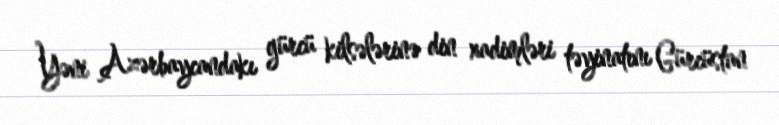
Yəni Azərbaycandakı gürcü kilsələrinə din xadimləri təyinatını Gürcüstan